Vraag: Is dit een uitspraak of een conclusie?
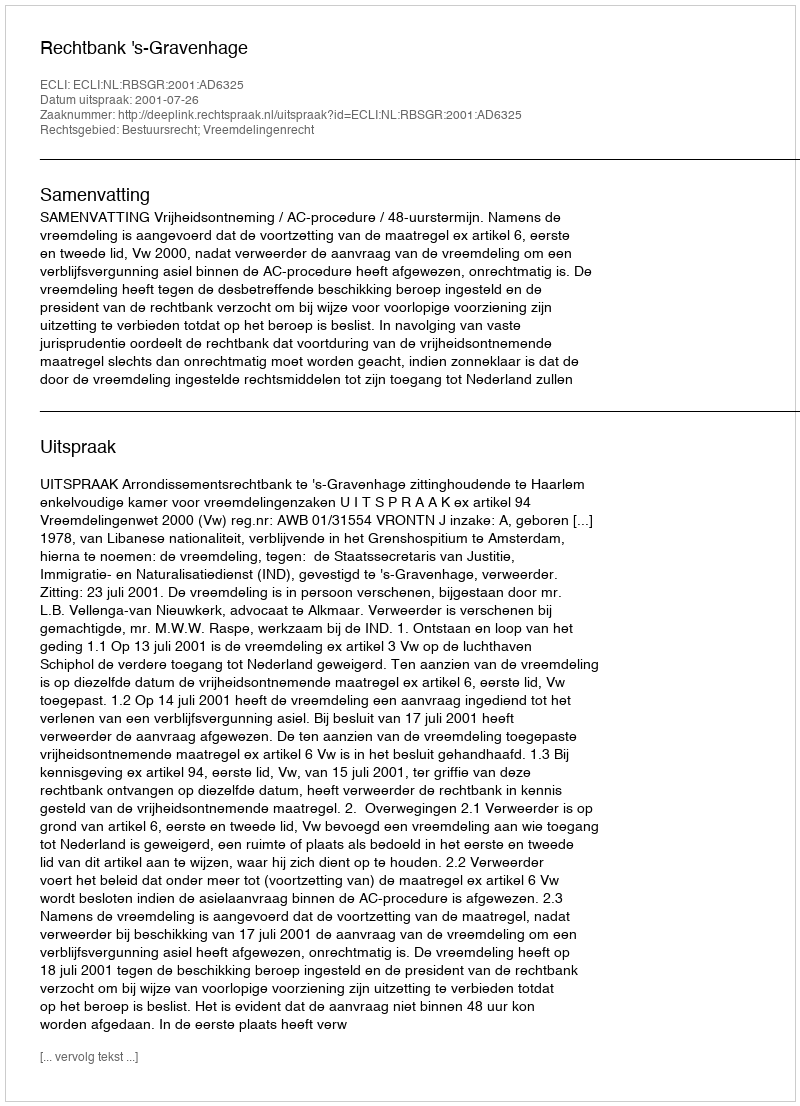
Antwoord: Uitspraak